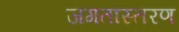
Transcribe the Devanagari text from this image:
जगतास्तरण